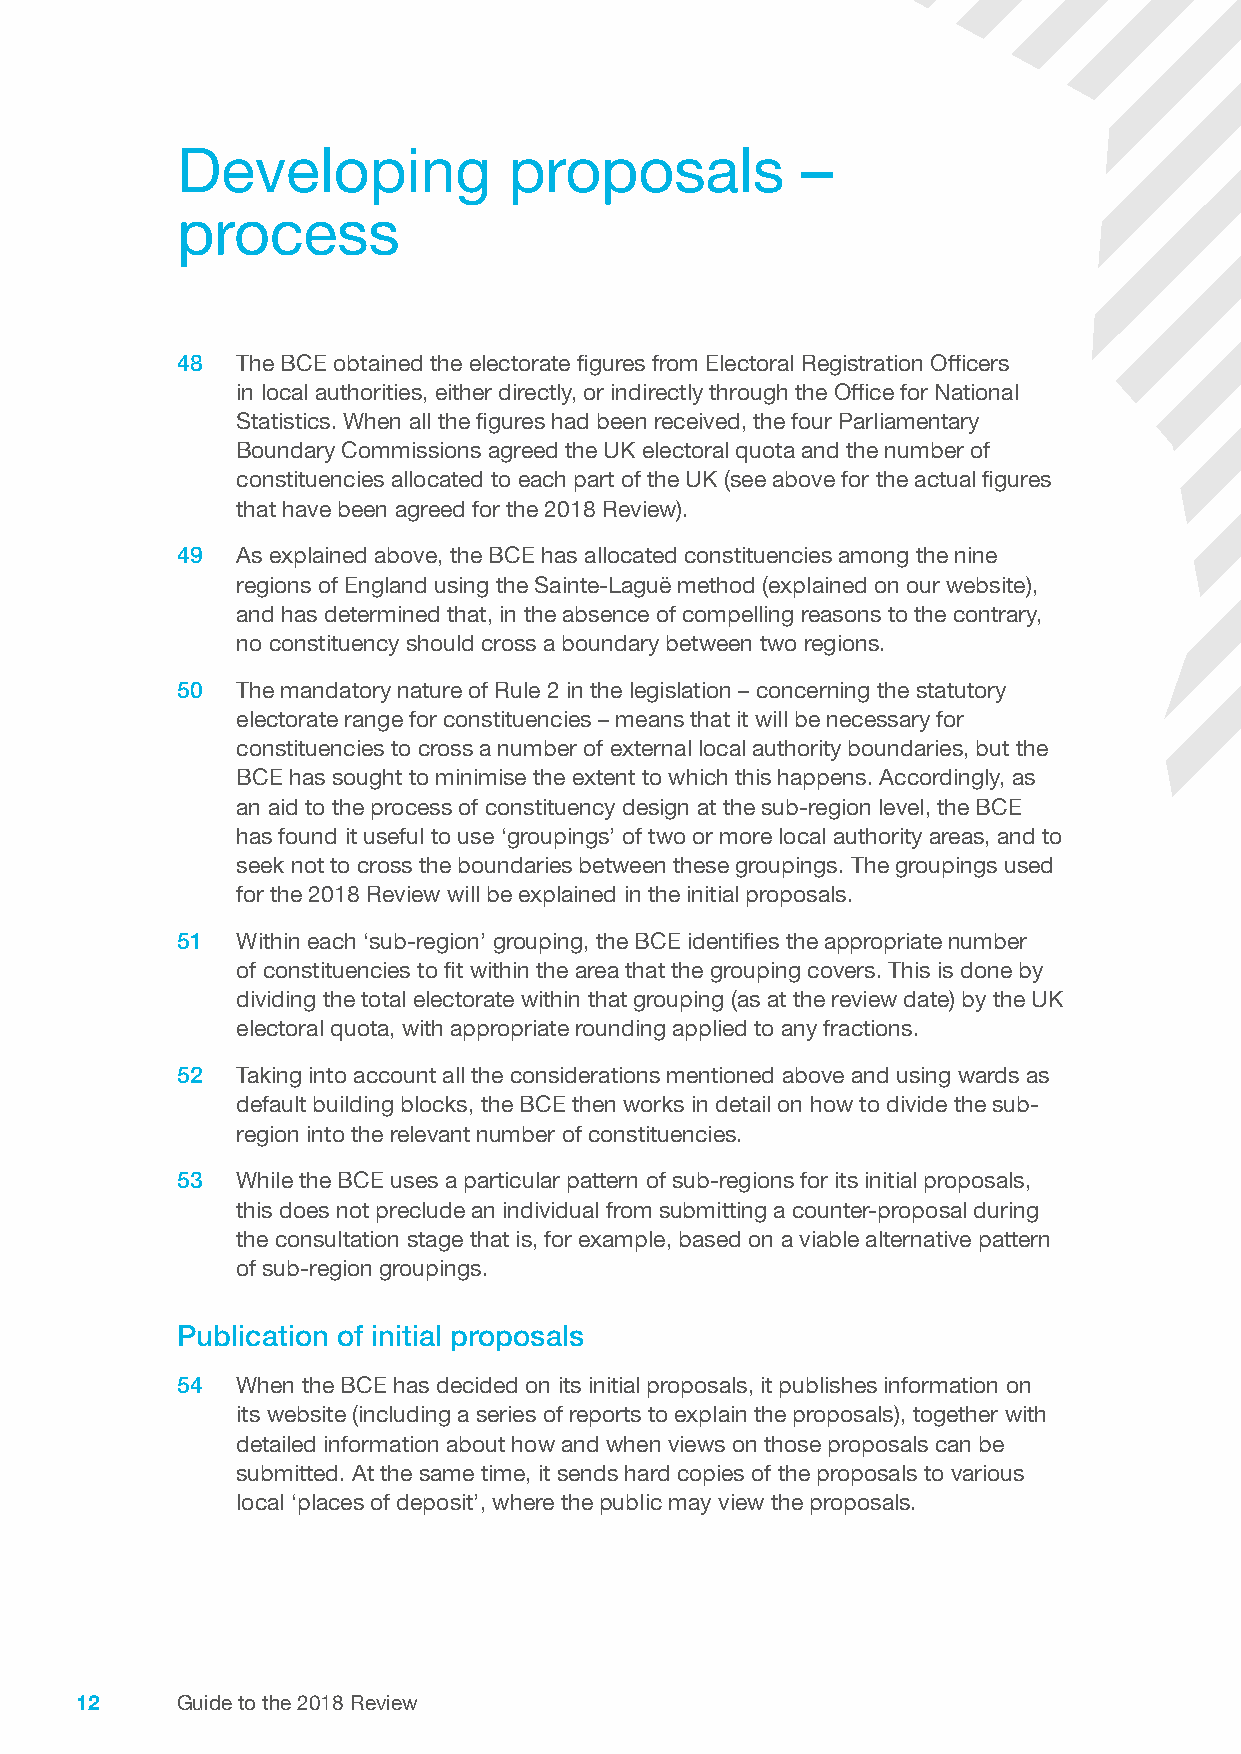
Developing            proposals          –
 process
 48  The BCE obtained the electorate figures from Electoral Registration Officers
 in local authorities, either directly, or indirectly through the Office for National
 Statistics. When all the figures had been received, the four Parliamentary
 Boundary Commissions agreed the UK electoral quota and the number of
 constituencies allocated to each part of the UK (see above for the actual figures
 that have been agreed for the 2018 Review).
 49  As explained above, the BCE has allocated constituencies among the nine
 regions of England using the Sainte-Laguë method (explained on our website),
 and has determined that, in the absence of compelling reasons to the contrary,
 no constituency should cross a boundary between two regions.
 50  The mandatory nature of Rule 2 in the legislation – concerning the statutory
 electorate range for constituencies – means that it will be necessary for
 constituencies to cross a number of external local authority boundaries, but the
 BCE has sought to minimise the extent to which this happens. Accordingly, as
 an aid to the process of constituency design at the sub-region level, the BCE
 has found it useful to use ‘groupings’ of two or more local authority areas, and to
 seek not to cross the boundaries between these groupings. The groupings used
 for the 2018 Review will be explained in the initial proposals.
 51  Within each ‘sub-region’ grouping, the BCE identifies the appropriate number
 of constituencies to fit within the area that the grouping covers. This is done by
 dividing the total electorate within that grouping (as at the review date) by the UK
 electoral quota, with appropriate rounding applied to any fractions.
 52  Taking into account all the considerations mentioned above and using wards as
 default building blocks, the BCE then works in detail on how to divide the sub-
 region into the relevant number of constituencies.
 53  While the BCE uses a particular pattern of sub-regions for its initial proposals,
 this does not preclude an individual from submitting a counter-proposal during
 the consultation stage that is, for example, based on a viable alternative pattern
 of sub-region groupings.
 Publication of initial proposals
 54  When the BCE has decided on its initial proposals, it publishes information on
 its website (including a series of reports to explain the proposals), together with
 detailed information about how and when views on those proposals can be
 submitted. At the same time, it sends hard copies of the proposals to various
 local ‘places of deposit’, where the public may view the proposals.
 12     Guide to the 2018 Review